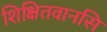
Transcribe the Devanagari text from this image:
शिक्षितवानसि